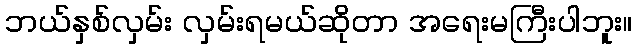
ဘယ်နှစ်လှမ်း လှမ်းရမယ်ဆိုတာ အရေးမကြီးပါဘူး။